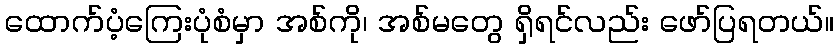
ထောက်ပံ့ကြေးပုံစံမှာ အစ်ကို၊ အစ်မတွေ ရှိရင်လည်း ဖော်ပြရတယ်။